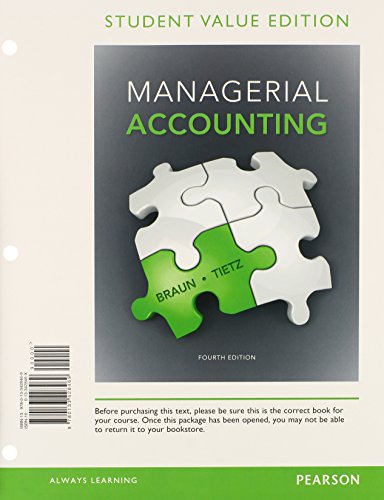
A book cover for Managerial Accounting, Student Value Edition Plus NEW MyAccountingLab with Pearson eText -- Access Card Package (4th Edition); Karen W. Braun; Business & Money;